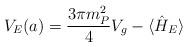
LaTeX: \begin{align*}V_{E} (a) = \frac{3 \pi m_P^2}{4} V_g - \langle \hat{H}_{E}\rangle\end{align*}